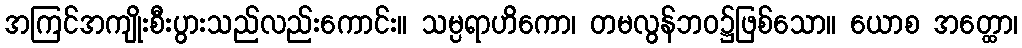
အကြင်အကျိုးစီးပွားသည်လည်းကောင်း။ သမ္ပရာဟိကော၊ တမလွန်ဘဝ၌ဖြစ်သော။ ယောစ အတ္ထော၊